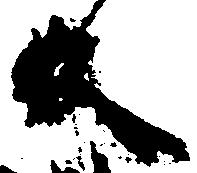
反